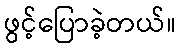
ဖွင့်ပြောခဲ့တယ်။